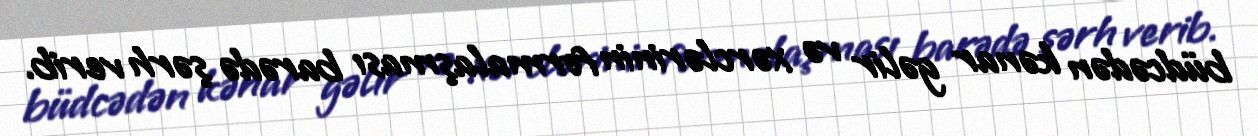
büdcədən kənar gəlir və xərclərinin formalaşması barədə şərh verib.